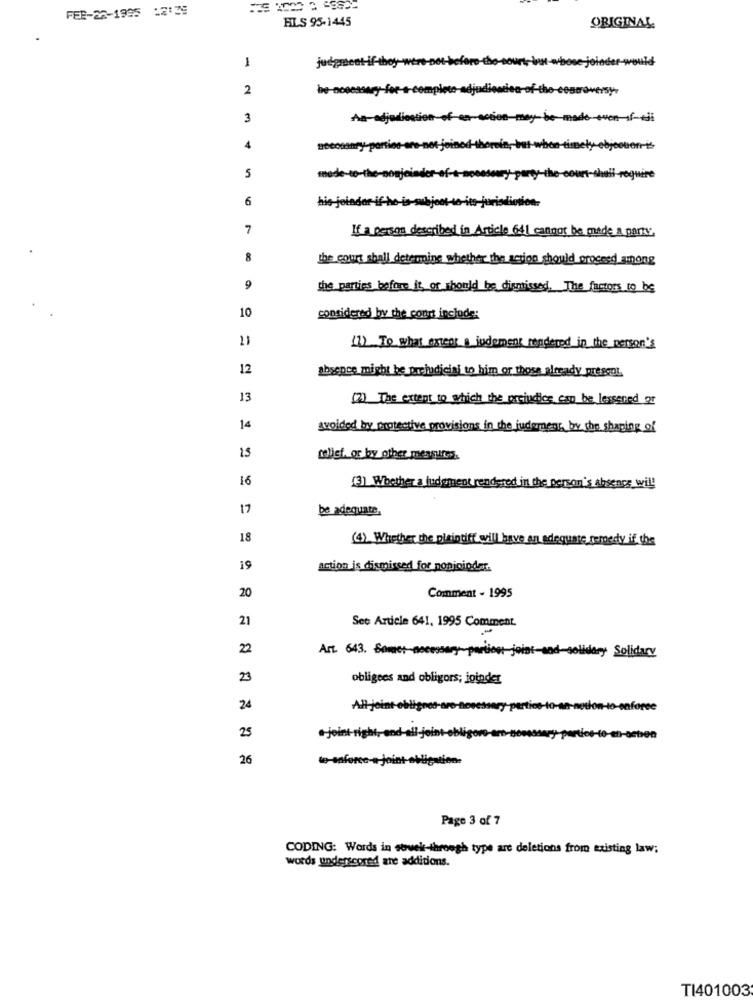
FER-26-1995 12:29
HLS 95-1445
ORIGINAL
1
judgment-if-th
Mindet
2
be-
judione
of-the-ee
oversy
3
4
5
6
his
7
If a person described in Article 641 cannot be made a parts.
8
the court shall determine whether the action should proceed among
9
the parties before it or should be dismissed. The factors to be
10
considered by the conrt include:
11
(1) To what extent a indement rendered in the person's
12
absence might be prejudicial to him or those already present,
13
(7) The extent to which the orciudice can be lessened at
14
avoided by protective provisions in the judemens by the sharing of
15
Lolist, or by other messuun.
16
[3] Whether a judgment rendered in the person's absence will
17
be adequate.
18
(4) Whether the plaintiff will have an adequate remedy if the
19
action is dismissed for nonicioder.
20
Comment - 1995
21
See Article 641, 1995 Comment.
22
Art. 643. Somer
ary Solidary
23
obligees and obligors; joinder
24
All-joint-ob
25
.- joint right, and
26
to-enfo
-Joint obligation
Page 3 of 7
CODING: Words in sbwek-through type are deletions from existing law;
words underscored are additions.
TI401003